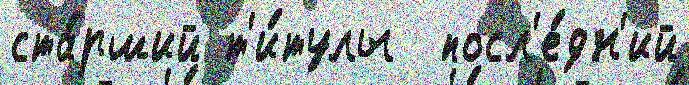
ста́рший т'и́тулы  посл'е́дн'ий